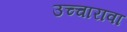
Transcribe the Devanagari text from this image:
उच्चारावा